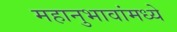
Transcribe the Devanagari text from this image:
महानुभावांमध्ये